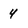
Character: 4